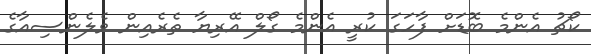
ކޯޗު އެންމެ ބޮޑަށް ފާހަގަ ކުރީ އެންމެ ގޯލް އޭރިޔާ ތެރެއިން ވެލެންސިއާގެ